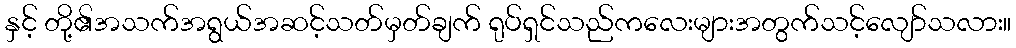
နှင့် တို့၏အသက်အရွယ်အဆင့်သတ်မှတ်ချက် ရုပ်ရှင်သည်ကလေးများအတွက်သင့်လျော်သလား။